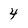
Character: 4